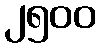
၂၅၀၀